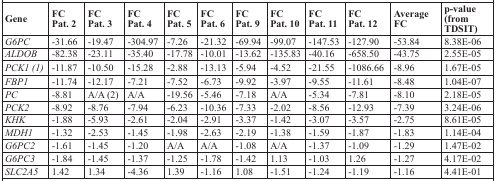
<table><thead><tr><td><b>Gene</b></td><td><b>FC Pat. 2</b></td><td><b>FC Pat. 3</b></td><td><b>FC Pat. 4</b></td><td><b>FC Pat. 5</b></td><td><b>FC Pat. 6</b></td><td><b>FC Pat. 9</b></td><td><b>FC Pat. 10</b></td><td><b>FC Pat. 11</b></td><td><b>FC Pat. 12</b></td><td><b>Average FC</b></td><td><b>p-value (from TDSIT)</b></td></tr></thead><tbody><tr><td><i>G6PC</i></td><td>−31.66</td><td>−19.47</td><td>−304.97</td><td>−7.26</td><td>−21.32</td><td>−69.94</td><td>−99.07</td><td>−147.53</td><td>−127.90</td><td>−53.84</td><td>8.38E-06</td></tr><tr><td><i>ALDOB</i></td><td>−82.38</td><td>−23.11</td><td>−35.40</td><td>−17.78</td><td>−10.01</td><td>−13.62</td><td>−135.83</td><td>−40.16</td><td>−658.50</td><td>−43.75</td><td>2.55E-05</td></tr><tr><td><i>PCK1 (1)</i></td><td>−11.87</td><td>−10.50</td><td>−15.28</td><td>−2.88</td><td>−13.13</td><td>−5.94</td><td>−4.52</td><td>−21.55</td><td>−1086.66</td><td>−8.96</td><td>1.67E-05</td></tr><tr><td><i>FBP1</i></td><td>−11.74</td><td>−12.17</td><td>−7.21</td><td>−7.52</td><td>−6.73</td><td>−9.92</td><td>−3.97</td><td>−9.55</td><td>−11.61</td><td>−8.48</td><td>1.04E-07</td></tr><tr><td><i>PC</i></td><td>−8.81</td><td>A/A (2)</td><td>A/A</td><td>−19.56</td><td>−5.46</td><td>−7.18</td><td>A/A</td><td>−5.34</td><td>−7.81</td><td>−8.10</td><td>2.18E-05</td></tr><tr><td><i>PCK2</i></td><td>−8.92</td><td>−8.76</td><td>−7.94</td><td>−6.23</td><td>−10.36</td><td>−7.33</td><td>−2.02</td><td>−8.56</td><td>−12.93</td><td>−7.39</td><td>3.24E-06</td></tr><tr><td><i>KHK</i></td><td>−1.88</td><td>−5.93</td><td>−2.61</td><td>−2.04</td><td>−2.91</td><td>−3.37</td><td>−1.42</td><td>−3.07</td><td>−3.57</td><td>−2.75</td><td>8.61E-05</td></tr><tr><td><i>MDH1</i></td><td>−1.32</td><td>−2.53</td><td>−1.45</td><td>−1.98</td><td>−2.63</td><td>−2.19</td><td>−1.38</td><td>−1.59</td><td>−1.87</td><td>−1.83</td><td>1.14E-04</td></tr><tr><td><i>G6PC2</i></td><td>−1.61</td><td>−1.45</td><td>−1.20</td><td>A/A</td><td>A/A</td><td>−1.08</td><td>A/A</td><td>−1.37</td><td>−1.09</td><td>−1.29</td><td>1.47E-02</td></tr><tr><td><i>G6PC3</i></td><td>−1.84</td><td>−1.45</td><td>−1.37</td><td>−1.25</td><td>−1.78</td><td>−1.42</td><td>1.13</td><td>−1.03</td><td>1.26</td><td>−1.27</td><td>4.17E-02</td></tr><tr><td><i>SLC2A5</i></td><td>1.42</td><td>1.34</td><td>−4.36</td><td>1.39</td><td>−1.16</td><td>1.08</td><td>−1.51</td><td>−1.24</td><td>−1.19</td><td>−1.16</td><td>4.41E-01</td></tr></tbody></table>